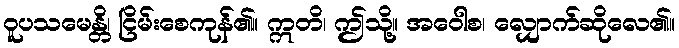
ဝူပသမေန္တိ၊ ငြိမ်းစေကုန်၏။ ဣတိ၊ ဤသို့။ အဝေါစ၊ လျှောက်ဆိုလေ၏။